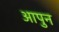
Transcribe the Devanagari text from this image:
आपुन